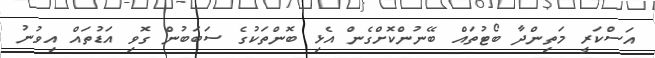
އަސްކަރީ މަތިންދާ ބޯޓުތައް ބޭނުންކޮށްގެން އެޅި ބޮންތަކުގެ ސަބަބުން ގޮވި އަޑުތައް އިވުނު